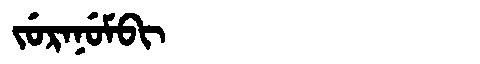
Manchu: ᠵᡠᡵᠠᠨᡠᠮᠪᡳ
Romanization: JURANUMBI